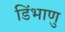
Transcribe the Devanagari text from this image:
डिंभाणु